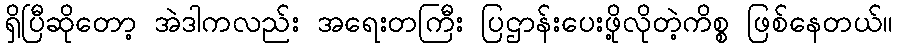
ရှိပြီဆိုတော့ အဲဒါကလည်း အရေးတကြီး ပြဌာန်းပေးဖို့လိုတဲ့ကိစ္စ ဖြစ်နေတယ်။